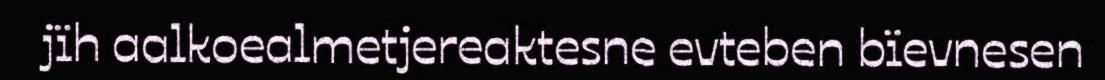
jïh aalkoealmetjereaktesne evteben bïevnesen